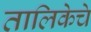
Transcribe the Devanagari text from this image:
तालिकेचे